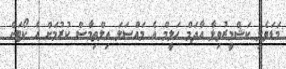
މަޑަވެލި ކަޝްމީރުވިލާ އާދަމް ހަލީމް އެ މައްސަލަ އިލްތިމާސް ކުރުމަށް އެ ކޯޓަށް